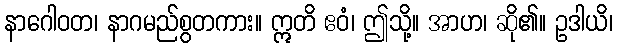
နာဂေါဝတ၊ နာဂမည်စွတကား။ ဣတိ ဧဝံ၊ ဤသို့။ အာဟ၊ ဆို၏။ ဥဒါယိ၊